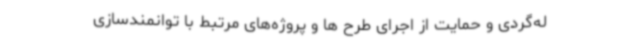
له‌گردی و حمایت از اجرای طرح ها و پروژه‌های مرتبط با توانمندسازی